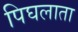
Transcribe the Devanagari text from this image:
पिघलाता